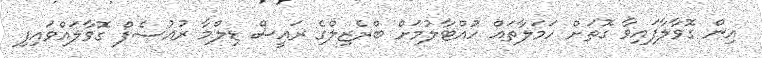
އިން ގޮވާލާފައިވާ ގޮތަށް ހަމަލާތައް ހުއްޓާލުމަށް ބްރެޒިލްގެ ރައީސް ޑިލްމާ ރުއުސެފް ގޮވާލައްވައިފި